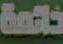
خاتمة